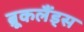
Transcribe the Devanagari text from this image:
ब्रूकलैंड्स